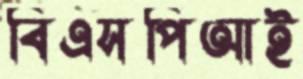
বিএসপিআই